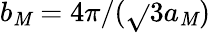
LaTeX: b_{\mathit{M}}=4\pi/(\sqrt{}{{3}}a_{\mathit{M}})